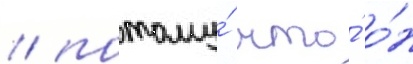
/ потому́ что́ о́н